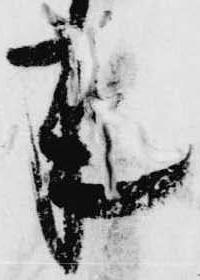
来